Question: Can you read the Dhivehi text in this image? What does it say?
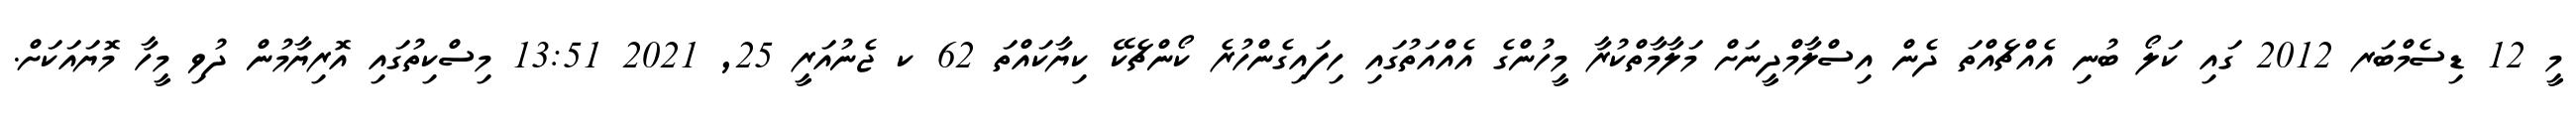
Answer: މީ 12 ޑިސެމްބަރ 2012 ގައި ކަލޯ ބުނި އެއްޗެއްތަ ދެން އިސްލާމްދީނަށް މަލާމާތްކުރާ މީހުންގެ އެއްއަތުގައި ހިފައިގެންހުރެ ކޯންޗެކޭ ކިޔާކައްތަ 62 ކ ޖެނުއަރީ 25, 2021 13:51 މިސްކިތުގައި އޮރިޔާމުން ދުވި މީހާ މޮޔައަކަށް.